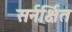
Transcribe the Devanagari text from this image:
सर्नर्क्षित